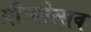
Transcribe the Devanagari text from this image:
ग्रीष्मोत्सव